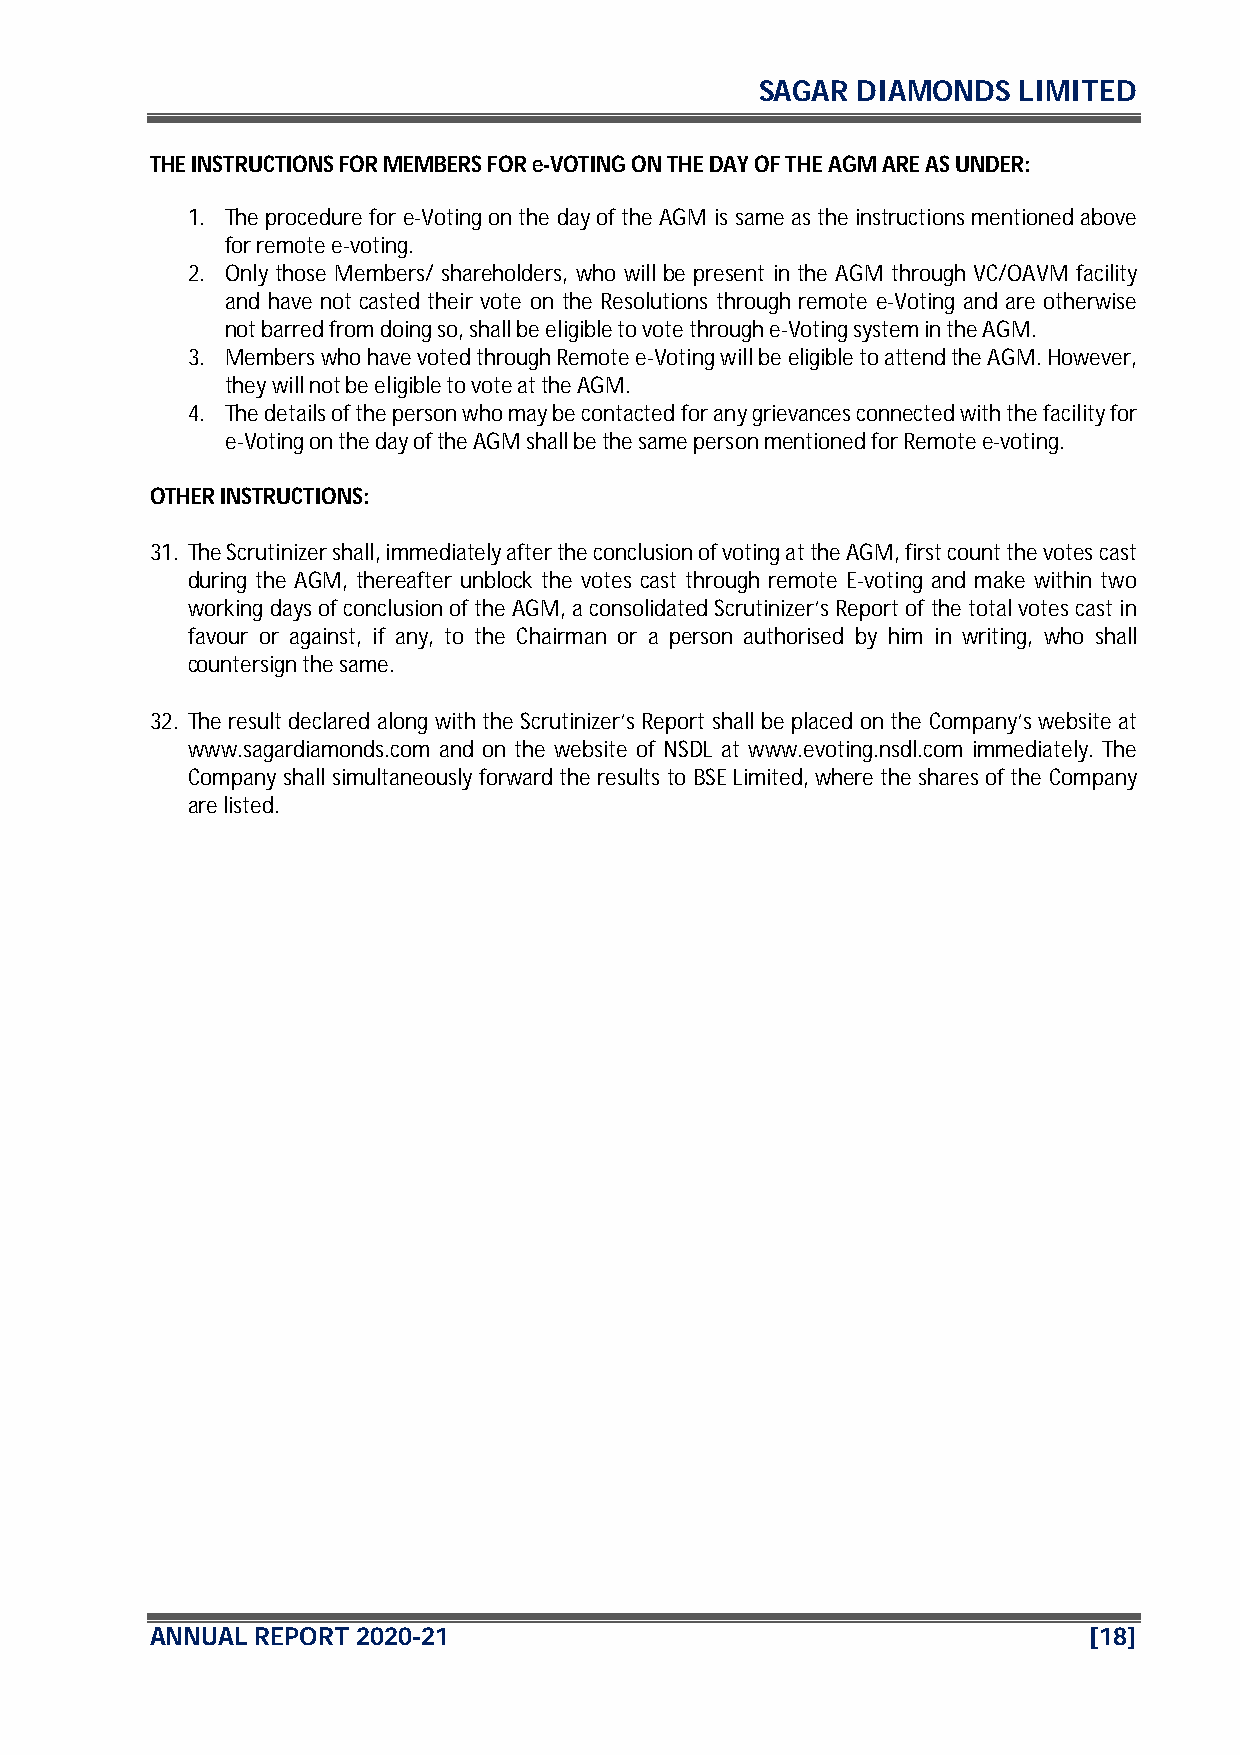
SAGAR  DIAMONDS  LIMITED
 THE INSTRUCTIONS FOR MEMBERS FOR e-VOTING ON THE DAY OF THE AGM ARE AS UNDER:
 1. The procedure for e-Voting on the day of the AGM is same as the instructions mentioned above
 for remote e-voting.
 2. Only those Members/ shareholders, who will be present in the AGM through VC/OAVM facility
 and have not casted their vote on the Resolutions through remote e-Voting and are otherwise
 not barred from doing so, shall be eligible to vote through e-Voting system in the AGM.
 3. Members who have voted through Remote e-Voting will be eligible to attend the AGM. However,
 they will not be eligible to vote at the AGM.
 4. The details of the person who may be contacted for any grievances connected with the facility for
 e-Voting on the day of the AGM shall be the same person mentioned for Remote e-voting.
 OTHER INSTRUCTIONS:
 31. The Scrutinizer shall, immediately after the conclusion of voting at the AGM, first count the votes cast
 during the AGM, thereafter unblock the votes cast through remote E-voting and make within two
 working days of conclusion of the AGM, a consolidated Scrutinizer’s Report of the total votes cast in
 favour or against, if any, to the Chairman or a person authorised by him in writing, who shall
 countersign the same.
 32. The result declared along with the Scrutinizer’s Report shall be placed on the Company’s website at
 www.sagardiamonds.com and on the website of NSDL at www.evoting.nsdl.com immediately. The
 Company shall simultaneously forward the results to BSE Limited, where the shares of the Company
 are listed.
 ANNUAL REPORT 2020-21                                         [18]